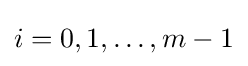
i=0,1,\ldots ,m-1